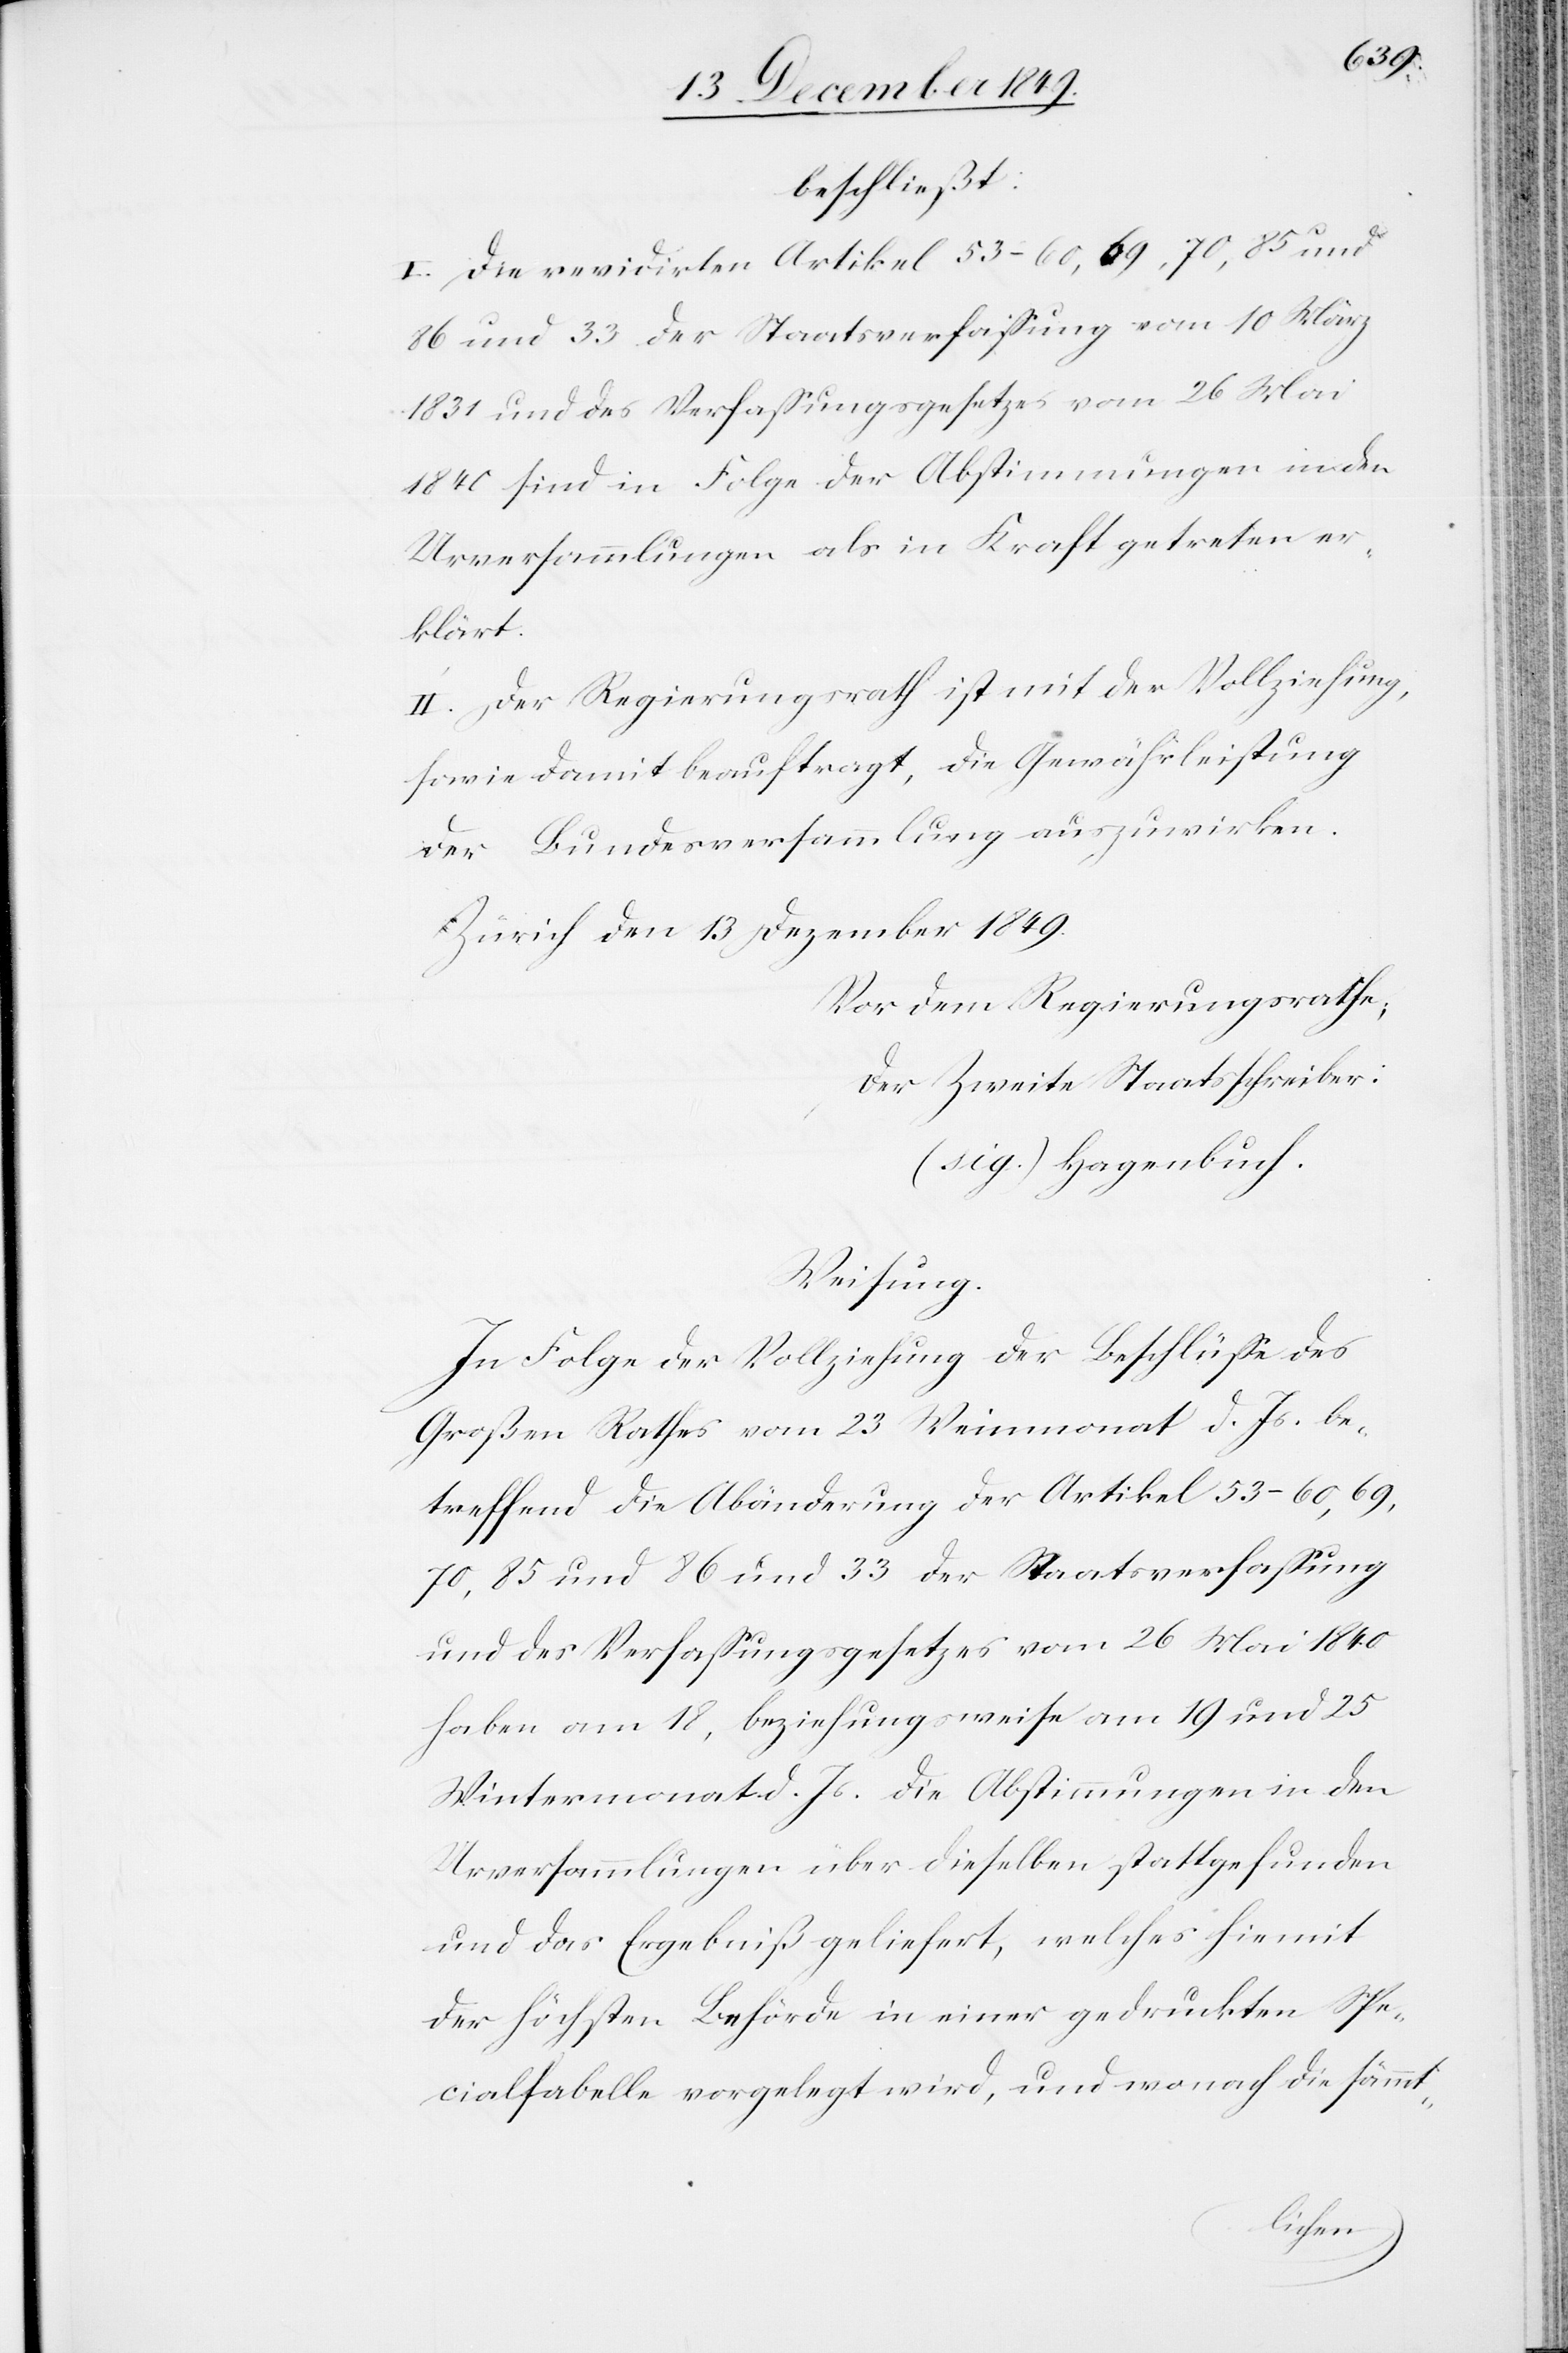
beschließt:
I. Die revidirten Artikel 53–60,69,70,85 und
86 und 33 der Staatsverfaßung vom 10 März
1831 und das Verfaßungsgesetz vom 26 Mai
1840 sind in Folge der Abstimmungen in den
Urversammlungen als in Kraft getreten er¬
klärt.
II. Der Regierungsrath ist mit der Vollziehung,
sowie damit beauftragt, die Gewährleistung
der Bundesversammlung auszuwirken.
Zürich den 13 Dezember 1849.
Vor dem Regierungsrathe;
Der Zweite Staatsschreiber:
(sig.) Hagenbuch.
Weisung.
In Folge der Vollziehung der Beschlüße des
Großen Rathes vom 23 Weinmonat d. Js. be¬
treffend die Abänderung der Artikel 53–60,69,70,85
und des Verfaßungsgesetzes vom 26 Mai 1840
haben am 18, beziehungsweise am 19 und 25
Wintermonat d. Js. die Abstimmungen in den
Urversammlungen über dieselben stattgefunden
und das Ergebniß geliefert, welches hiemit
der höchsten Behörde in einer gedruckten Spe¬
cialtabelle vorgelegt wird, und wonach die sämmt-